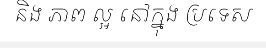
និង ភាព ល្អ នៅក្នុង ប្រទេស